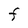
Character: F